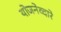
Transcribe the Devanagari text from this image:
योजनेव्दारे